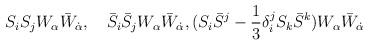
LaTeX: \begin{align*}S_iS_jW_\alpha\bar W_{\dot \alpha},\quad \bar S_i\bar S_jW_\alpha\bar W_{\dot\alpha}, (S_i\bar S^j-{1\over 3}\delta_i^jS_k\bar S^k)W_\alpha\bar W_{\dot\alpha}\end{align*}